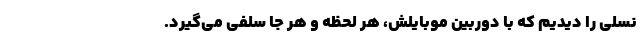
نسلی را دیدیم که با دوربین موبایلش، هر لحظه و هر جا سلفی می‌گیرد.